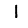
Digit: 1